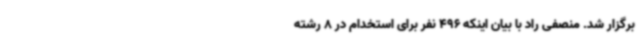
برگزار شد. منصفی راد با بیان اینکه 496 نفر برای استخدام در 8 رشته